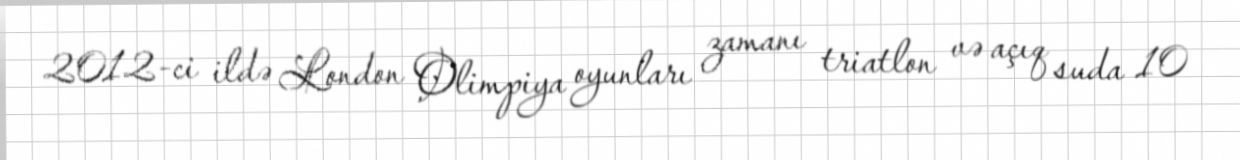
2012-ci ildə London Olimpiya oyunları zamanı triatlon və açıq suda 10